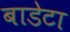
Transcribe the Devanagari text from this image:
बाडेटा